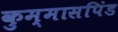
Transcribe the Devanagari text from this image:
कुम्मासपिंड